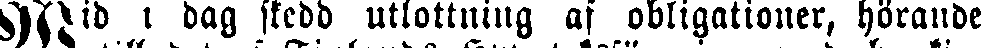
Wid i dag skedd utlottning af obligationer, hörande